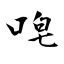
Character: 唣